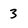
Character: 3